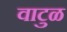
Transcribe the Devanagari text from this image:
वाटुळ